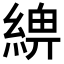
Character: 𦂢